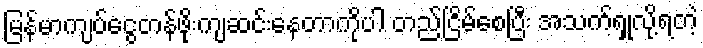
မြန်မာကျပ်ငွေတန်ဖိုးကျဆင်းနေတာကိုပါ တည်ငြိမ်စေပြီး အသက်ရှုလို့ရတဲ့